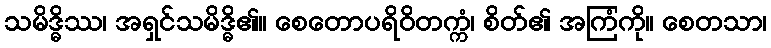
သမိဒ္ဓိဿ၊ အရှင်သမိဒ္ဓိ၏။ စေတောပရိဝိတက္ကံ၊ စိတ်၏ အကြံကို။ စေတသာ၊